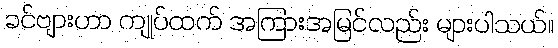
ခင်ဗျားဟာ ကျုပ်ထက် အကြားအမြင်လည်း များပါသယ်။